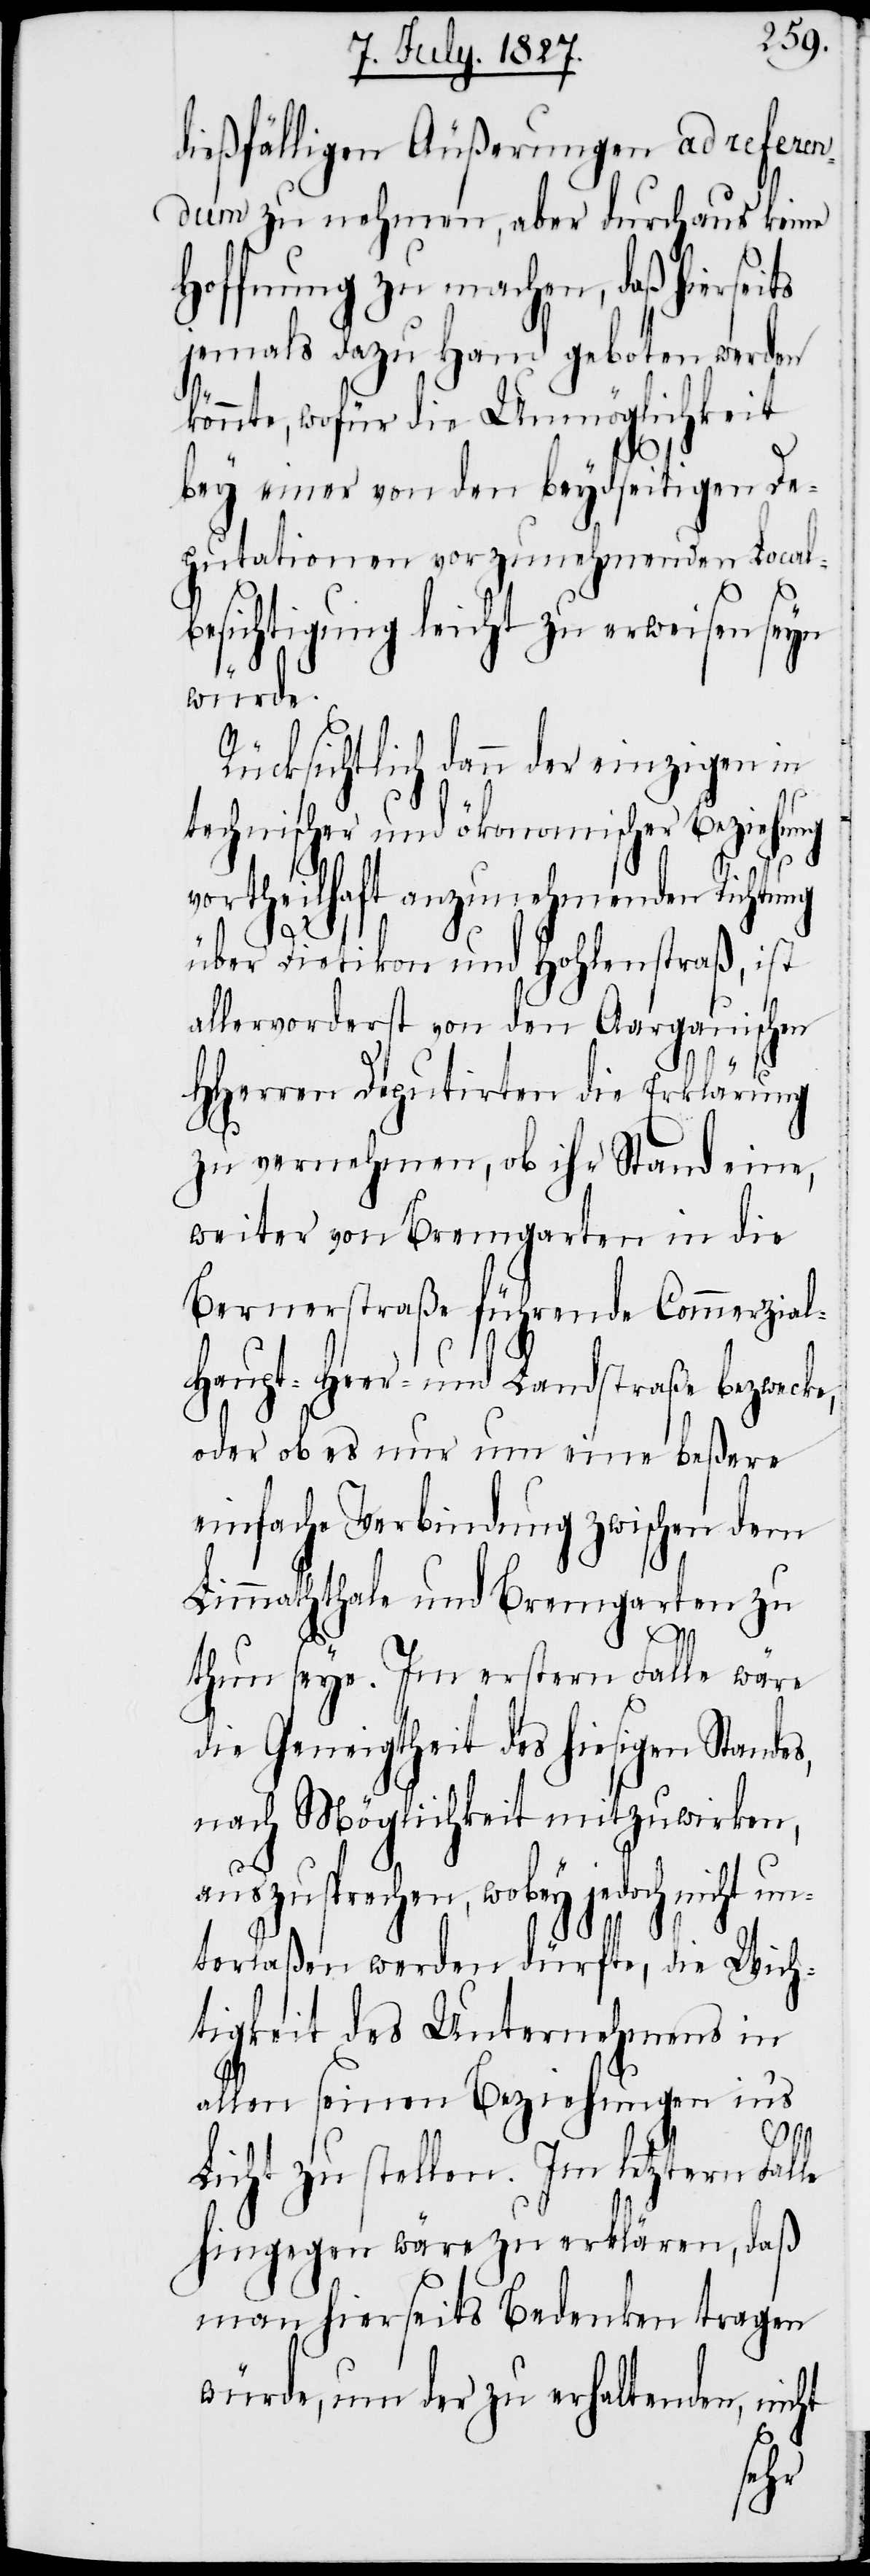
dießfälligen Äußerungen ad referen¬
dum zu nehmen, aber durchaus keine
Hoffnung zu machen, daß hierseits
jemals dazu Hand geboten werden
könnte, wofür die Unmöglichkeit
bey einer von den beydseitigen De¬
putationen vorzunehmenden Local¬
besichtigung leicht zu erweisen seyn
würde.
Rücksichtlich dann der einzigen in
technischer und ökonomischer Beziehung
vortheilhaft anzunehmenden Richtung
über Dietikon und Hohlenstraß, ist
allervorderst von den Aargauischen
HHerren Deputirten die Erklärung
zu vernehmen, ob ihr Stand eine,
weiter von Bremgarten in die
Bernerstraße führende Commerzial-
Haupt- Heer- und Landstraße bezwecke,
oder ob es nur um eine beßere
einfache Verbindung zwischen dem
Limmaththale und Bremgarten zu
thun seye. Im erstern Falle wäre
die Geneigtheit des hiesigen Standes,
nach Möglichkeit mitzuwirken,
auszusprechen, wobey jedoch n¬
terlaßen werden dürfte, die Wich¬
tigkeit des Unternehmens in
allen seinen Beziehungen in’s
t un¬
Licht zu stellen. Im letztern Falle
hingegen wäre zu erklären, daß
man hierseits Bedenken tragen
würde, um der zu erhaltenden, nicht
ich¬